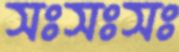
সঃসঃসঃ